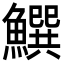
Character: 𩻝